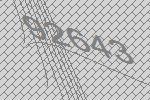
92643